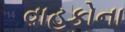
વાહકોના